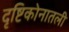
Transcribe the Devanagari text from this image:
दृष्टिकोनातली